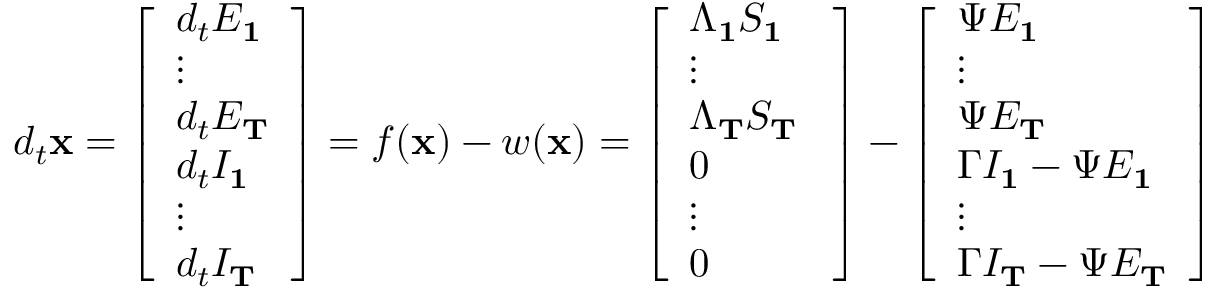
d _ { t } \mathbf { x } = \left[ \begin{array} { l } { d _ { t } E _ { \mathbf { 1 } } } \\ { \vdots } \\ { d _ { t } E _ { \mathbf { T } } } \\ { d _ { t } I _ { \mathbf { 1 } } } \\ { \vdots } \\ { d _ { t } I _ { \mathbf { T } } } \end{array} \right] = f ( \mathbf { x } ) - w ( \mathbf { x } ) = \left[ \begin{array} { l } { \Lambda _ { \mathbf { 1 } } S _ { \mathbf { 1 } } } \\ { \vdots } \\ { \Lambda _ { \mathbf { T } } S _ { \mathbf { T } } \ } \\ { 0 } \\ { \vdots } \\ { 0 } \end{array} \right] - \left[ \begin{array} { l } { \Psi E _ { \mathbf { 1 } } } \\ { \vdots } \\ { \Psi E _ { \mathbf { T } } } \\ { \Gamma I _ { \mathbf { 1 } } - \Psi E _ { \mathbf { 1 } } } \\ { \vdots } \\ { \Gamma I _ { \mathbf { T } } - \Psi E _ { \mathbf { T } } } \end{array} \right]